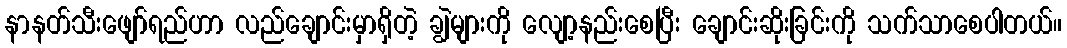
နာနတ်သီးဖျော်ရည်ဟာ လည်ချောင်းမှာရှိတဲ့ ချွဲများကို လျော့နည်းစေပြီး ချောင်းဆိုးခြင်းကို သက်သာစေပါတယ်။